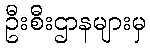
ဦးစီးဌာနများမှ